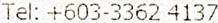
TEL: +603-3362 4137